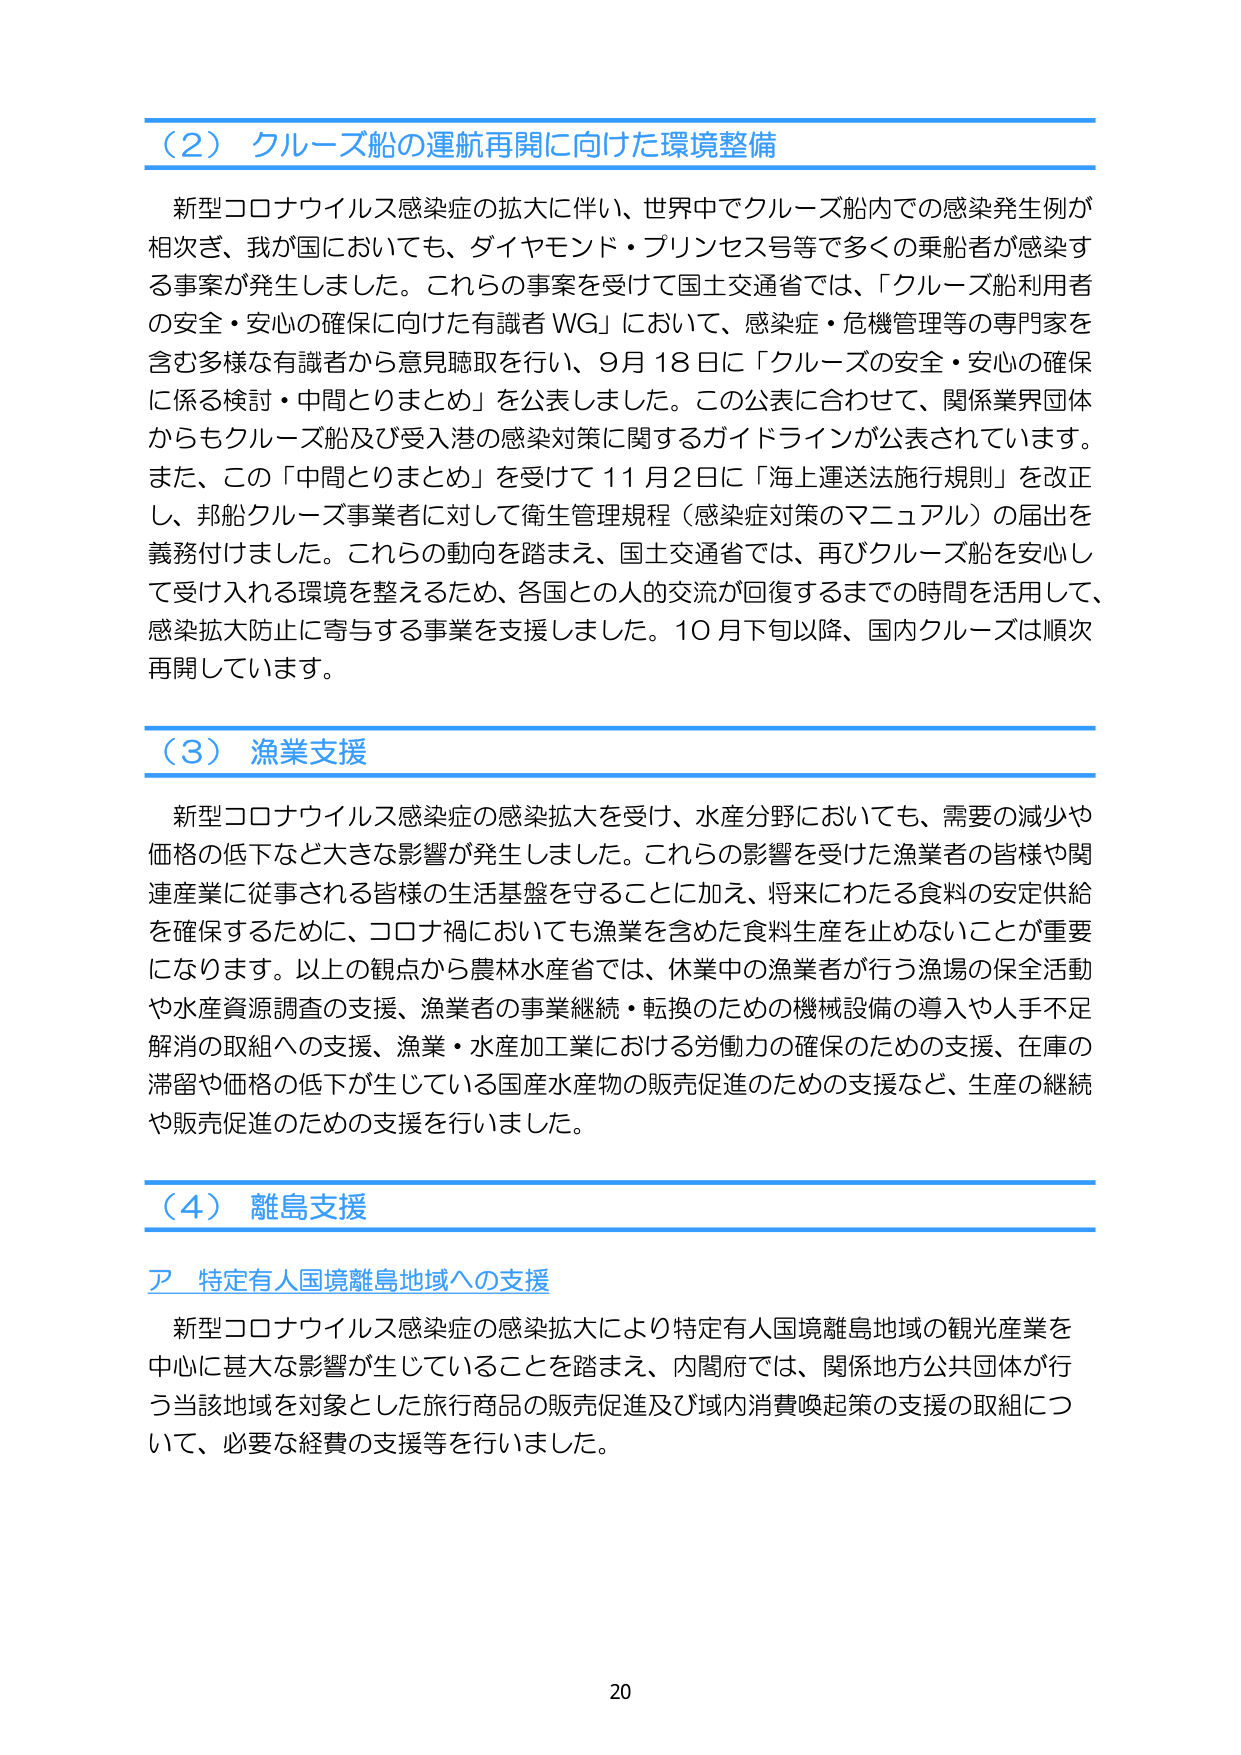
（2）クルーズ船の運航再開に向けた環境整備

新型コロナウイルス感染症の拡大に伴い、世界中でクルーズ船内での感染発生例が相次ぎ、我が国においても、ダイヤモンド・プリンセス号等で多くの乗船者が感染する事案が発生しました。これらの事案を受けて国土交通省では、「クルーズ船利用者の安全・安心の確保に向けた有識者WG」において、感染症・危機管理等の専門家を含む多様な有識者から意見聴取を行い、9月18日に「クルーズの安全・安心の確保に係る検討・中間とりまとめ」を公表しました。この公表に合わせて、関係業界団体からもクルーズ船及び受入港の感染対策に関するガイドラインが公表されています。また、この「中間とりまとめ」を受けて11月2日に「海上運送法施行規則」を改正し、邦船クルーズ事業者に対して衛生管理規程（感染症対策のマニュアル）の届出を義務付けました。これらの動向を踏まえ、国土交通省では、再びクルーズ船を安心して受け入れる環境を整えるため、各国との人的交流が回復するまでの時間を活用して、感染拡大防止に寄与する事業を支援しました。10月下旬以降、国内クルーズは順次再開しています。

（3）漁業支援

新型コロナウイルス感染症の感染拡大を受け、水産分野においても、需要の減少や価格の低下など大きな影響が発生しました。これらの影響を受けた漁業者の皆様や関連産業に従事される皆様の生活基盤を守ることに加え、将来にわたる食料の安定供給を確保するために、コロナ禍においても漁業を含めた食料生産を止めないことが重要になります。以上の観点から農林水産省では、休業中の漁業者が行う漁場の保全活動や水産資源調査の支援、漁業者の事業継続・転換のための機械設備の導入や人手不足解消の取組への支援、漁業・水産加工業における労働力の確保のための支援、在庫の滞留や価格の低下が生じている国産水産物の販売促進のための支援など、生産の継続や販売促進のための支援を行いました。

（4）離島支援

ア 特定有人国境離島地域への支援

新型コロナウイルス感染症の感染拡大により特定有人国境離島地域の観光産業を中心に甚大な影響が生じていることを踏まえ、内閣府では、関係地方公共団体が行う当該地域を対象とした旅行商品の販売促進及び域内消費喚起策の支援の取組について、必要な経費の支援等を行いました。

20